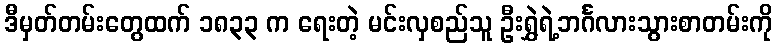
ဒီမှတ်တမ်းတွေထက် ၁၈၃၃ က ရေးတဲ့ မင်းလှစည်သူ ဦးရွှဲရဲ့ဘင်္ဂလားသွားစာတမ်းကို